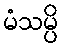
မံသမ္ပိ